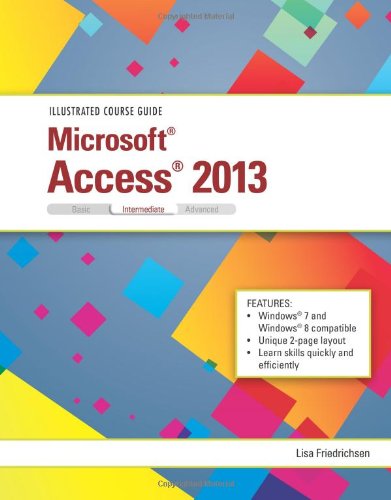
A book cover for Illustrated Course Guide: Microsoft Access 2013 Intermediate; Lisa Friedrichsen; Computers & Technology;